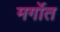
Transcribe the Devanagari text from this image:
मर्गोत